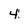
Character: 4